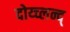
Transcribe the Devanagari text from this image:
दोय्च्लन्द्